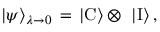
| \psi \rangle _ { \lambda \rightarrow 0 } \, = \, | \mathrm { C } \rangle \otimes \ | \mathrm { I } \rangle \, ,